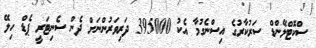
ސްކޮޓްލޭންޑް ސަރުކާރުގެ އިސްނެގުމާ އެކު 395000 ދަރިވަރުންނަށް ދެން ސެނިޓަރީ ޕެޑް ހިލޭ